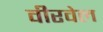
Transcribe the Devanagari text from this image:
वीरवेल